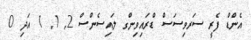
އެންޑް ފެރީ ސަރވިސަސް ޑްރައިވިންގ ލައިސެންސް 2